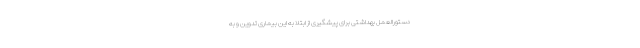
دستورالعمل بهداشتی برای پیشگیری از ابتلا به این بیماری تدوین و به